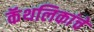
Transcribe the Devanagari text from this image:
कॅथलिकांचे